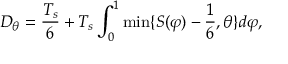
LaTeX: D _ { \theta } = { \frac { T _ { s } } { 6 } } + T _ { s } \int _ { 0 } ^ { 1 } \operatorname* { m i n } \{ S ( \varphi ) - { \frac { 1 } { 6 } } , \theta \} d \varphi ,